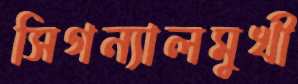
সিগন্যালমুখী